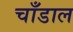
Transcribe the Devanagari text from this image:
चाँडाल